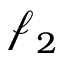
\boldsymbol { \mathscr { f } } _ { 2 }